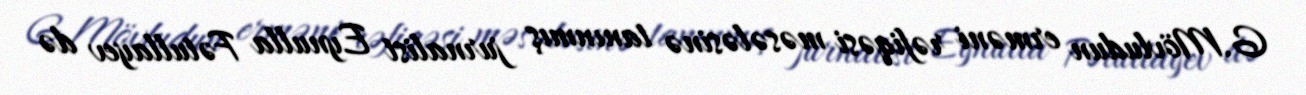
G.Mövludun erməni rəfiqəsi məsələsinə tanınmış jurnalist Eynulla Fətullayev də